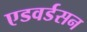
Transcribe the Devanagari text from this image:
एडवर्डसन